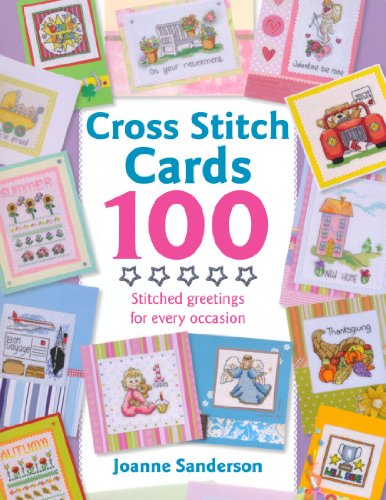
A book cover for Cross Stitch Cards 100; Joanne Sandersen; Crafts, Hobbies & Home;